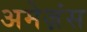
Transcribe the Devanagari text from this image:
अमेज़ंस